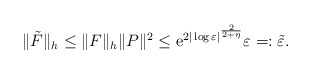
\begin{align*}\|\tilde{F}\|_{h}\leq \|F\|_{h} \|P\|^{2} \leq {\rm e}^{2|\log \varepsilon|^{\frac{2}{2+\eta}}} \varepsilon =:\tilde{\varepsilon}.\end{align*}